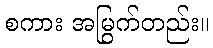
စကား အမြွက်တည်း။